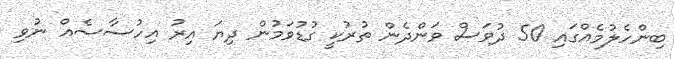
ބިންހެލުމެއްގައި 50 ދުވަސް ވަންދެން ތުރުކީ ގުޑުވަމުން ދިޔަ އިރު އިހުސާސެއް ނުވި